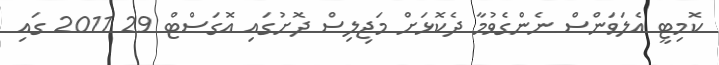
ކޮމިޓީ އެލަވަންސް ނެންގެވުމާ ދެކޮޅަށް މަޖިލިސް ދޮށުގައި އޮގަސްޓް 29 2011 ގައި